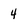
Character: 4